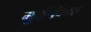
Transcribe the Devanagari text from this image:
मुवफ्फिक